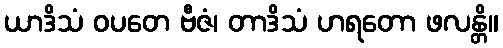
ယာဒိသံ ဝပတေ ဗီဇံ၊ တာဒိသံ ဟရတော ဖလန္တိ။